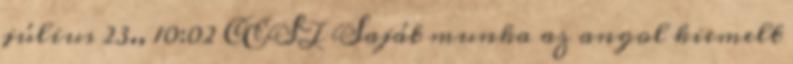
július 23., 10:02 CEST Saját munka az angol kiemelt